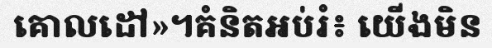
គោលដៅ»។គំនិតអប់រំ៖ យើងមិន